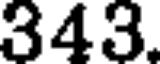
343.